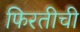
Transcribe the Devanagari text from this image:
फिरतीची